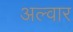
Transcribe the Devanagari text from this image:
अल्‍वार